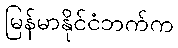
မြန်မာနိုင်ငံဘက်က